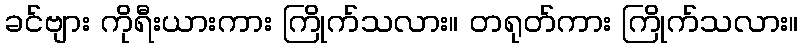
ခင်ဗျား ကိုရီးယားကား ကြိုက်သလား။ တရုတ်ကား ကြိုက်သလား။